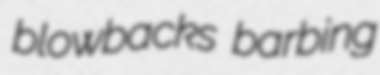
blowbacks barbing